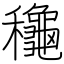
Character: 龝